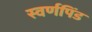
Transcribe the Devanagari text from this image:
स्वर्णपिंड